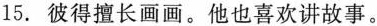
15.彼得擅长画画。他也喜欢讲故事。